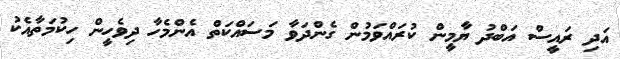
އަދި ރައީސް އަބްދު ޔާމީން ކުރައްވަމުން ގެންދަވާ މަސައްކަތް އެންމެހާ ދިވެހީން ހިކުމަތާއެކު